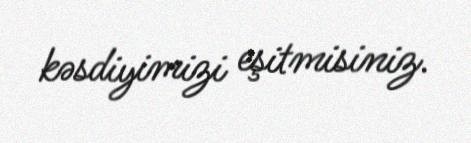
kəsdiyimizi eşitmisiniz.